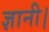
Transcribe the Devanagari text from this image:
ज्ञानी।